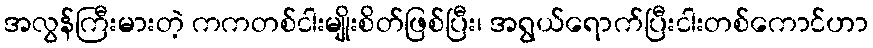
အလွန်ကြီးမားတဲ့ ကကတစ်ငါးမျိုးစိတ်ဖြစ်ပြီး၊ အရွယ်ရောက်ပြီးငါးတစ်ကောင်ဟာ